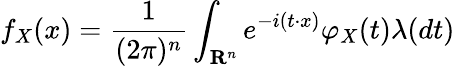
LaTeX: f_{X}(x)={\frac{1}{(2\pi)^{n}}}\int_{\mathbf{R}^{n}}e^{-i(t\cdot x)}\varphi_{X}(t)\lambda(dt)